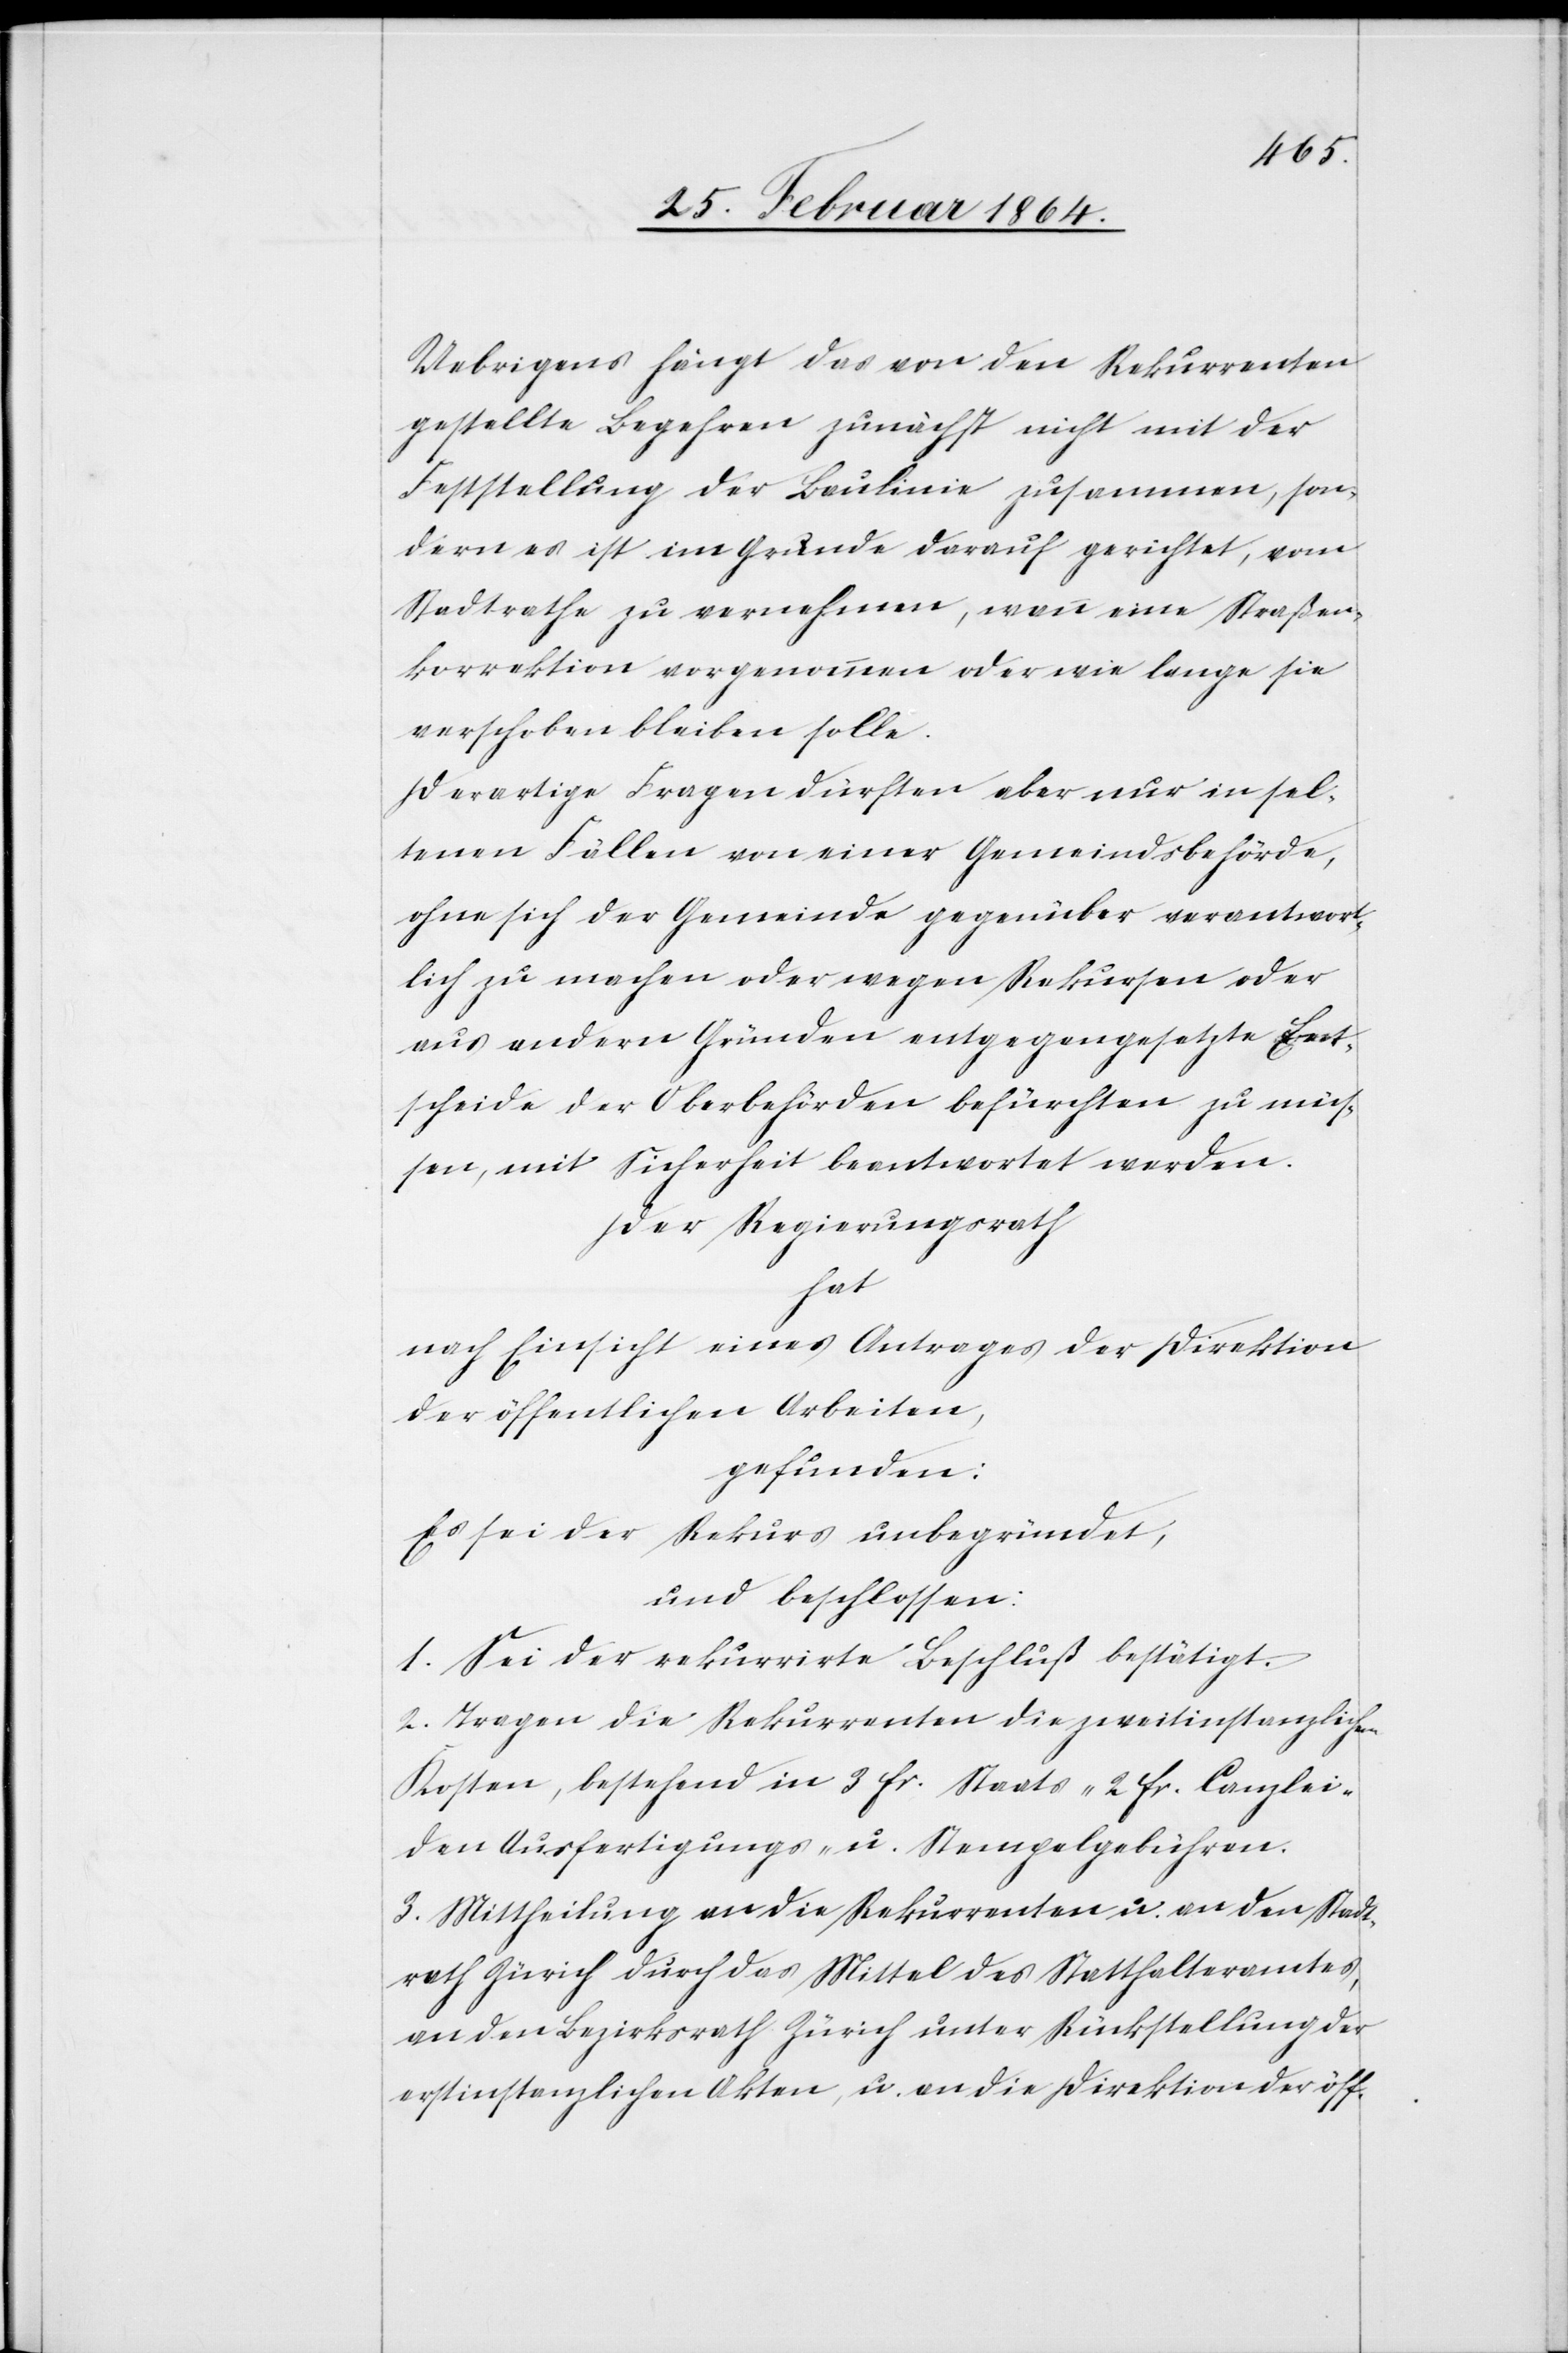
Uebrigens hängt das von den Rekurrenten
gestellte Begehren zunächst nicht mit der
Feststellung der Baulinie zusammen, son¬
dern es ist im Grunde darauf gerichtet, vom
Stadtrathe zu vernehmen, wann eine Straßen¬
korrektion vorgenommen oder wie lange sie
verschoben bleiben solle.
Derartige Fragen dürften aber nur in sel¬
tenen Fällen von einer Gemeindsbehörde,
ohne sich der Gemeinde gegenüber verantwort¬
lich zu machen oder wegen Rekursen oder
aus andern Gründen entgegengesetzte Ent¬
scheide der Oberbehörden befürchten zu müs¬
sen, mit Sicherheit beantwortet werden.
Der Regierungsrath
hat
nach Einsicht eines Antrages der Direktion
der öffentlichen Arbeiten,
gefunden:
Es sei der Rekurs unbegründet,
und beschlossen:
1. Sei der rekurrirte Beschluß bestätigt.
2. Tragen die Rekurrenten die zweitinstanzlichen
Kosten, bestehend in 3 fr. Staats- 2 fr. Canzlei-
den Ausfertigungs- u. Stempelgebühren.
3. Mittheilung an die Rekurrenten u. and den Stadt¬
rath Zürich durch das Mittel des Statthalteramtes,
an den Bezirksrath Zürich unter Rückstellung der
erstinstanzlichen Akten, u. an die Direktion der öff.